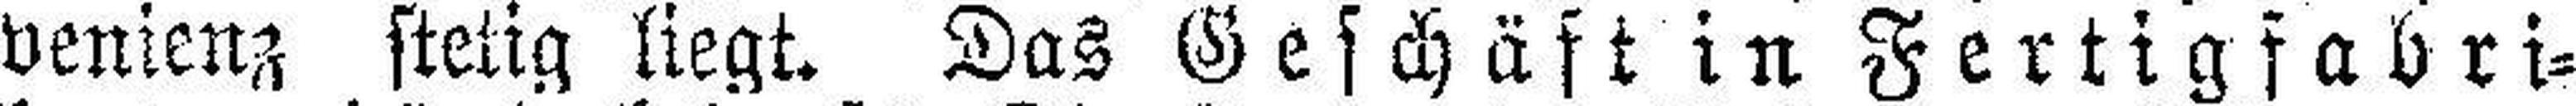
venienz stetig liegt. Das Geschäft in Fertigfabri¬